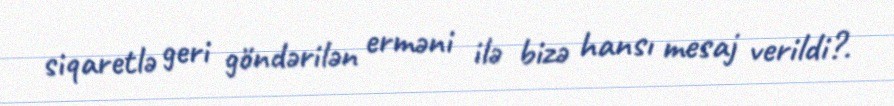
siqaretlə geri göndərilən erməni ilə bizə hansı mesaj verildi?.